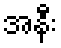
အနီး